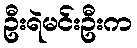
ဦးရဲမင်းဦးက